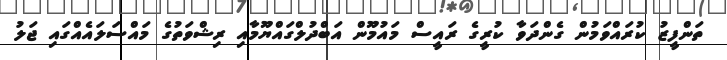
ތަންފީޒު ކުރައްވަމުން ގެންދަވާ ކުރީގެ ރައީސް މައުމޫން އަބްދުލްގައްޔޫމާއި ރިޝްވަތުގެ މައްސަލައެއްގައި ޖަލު